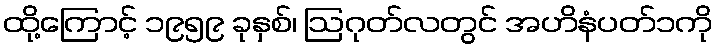
ထို့ကြောင့် ၁၉၅၉ ခုနှစ်၊ ဩဂုတ်လတွင် အဟိနံပတ်၁ကို